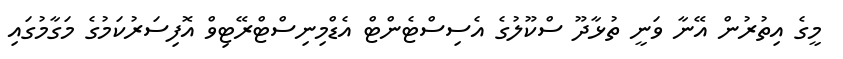
މީގެ އިތުރުން އޭނާ ވަނީ ތުޅާދޫ ސްކޫލުގެ އެސިސްޓެންޓް އެޑްމިނިސްޓްރޭޓިވް އޮފިސަރުކަމުގެ މަގާމުގައި